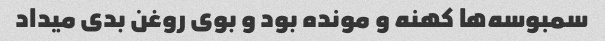
سمبوسه‌ها کهنه و مونده بود و بوی روغن بدی میداد